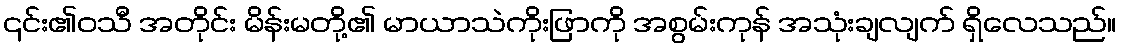
၎င်း၏ဝသီ အတိုင်း မိန်းမတို့၏ မာယာသဲကိုးဖြာကို အစွမ်းကုန် အသုံးချလျက် ရှိလေသည်။